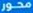
محور